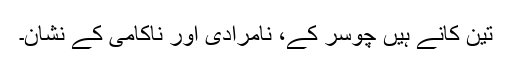
تین کانے ہیں چوسر کے، نامرادی اور ناکامی کے نشان۔